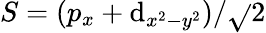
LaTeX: S=(p_{x}+\mathrm{d}_{x^{2}-y^{2}})/\sqrt{}{{2}}